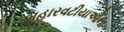
બહારવટીયાઓના